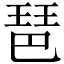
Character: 琶